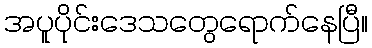
အပူပိုင်းဒေသတွေရောက်နေပြီ။